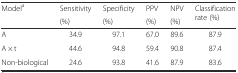
<table><thead><tr><td rowspan="2"><b>Model<sup>a</sup></b></td><td><b>Sensitivity</b></td><td><b>Specificity</b></td><td><b>PPV</b></td><td><b>NPV</b></td><td rowspan="2"><b>Classification rate (%)</b></td></tr><tr><td><b>(%)</b></td><td><b>(%)</b></td><td><b>(%)</b></td><td><b>(%)</b></td></tr></thead><tbody><tr><td>A</td><td>34.9</td><td>97.1</td><td>67.0</td><td>89.6</td><td>87.9</td></tr><tr><td>A <i>×</i> t</td><td>44.6</td><td>94.8</td><td>59.4</td><td>90.8</td><td>87.4</td></tr><tr><td>Non-biological</td><td>24.6</td><td>93.8</td><td>41.6</td><td>87.9</td><td>83.6</td></tr></tbody></table>